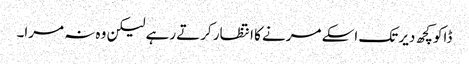
ڈاکو کچھ دیر تک اسکے مرنے کا انتظار کرتے رہے لیکن وہ نہ مرا۔